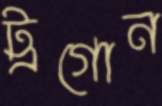
ট্রগোন